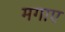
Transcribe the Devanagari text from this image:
मगाए